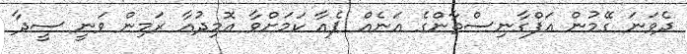
ދެވަނަ ގޭމުން އަފްގާނިސްތާންގެ އަނެއް ޕެއާ ކަމަށްވާ އޮމިދުއާާ ރަމިން ވަނީ ސީދާ